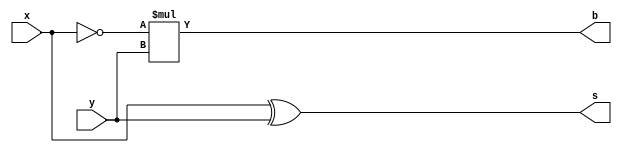
`timescale 1ns / 1ps
//////////////////////////////////////////////////////////////////////////////////
// Company: 
// Engineer: 
// 
// Design Name: 
// Module Name: sub
// Project Name: 
// Target Devices: 
// Tool Versions: 
// Description: 
// 
// Dependencies: 
// 
// Revision:
// Revision 0.01 - File Created
// Additional Comments:
// 
//////////////////////////////////////////////////////////////////////////////////


module sub(x,y,b,s);

input x,y;
output b,s;
assign s=x^y;
assign b=~x*y;

endmodule